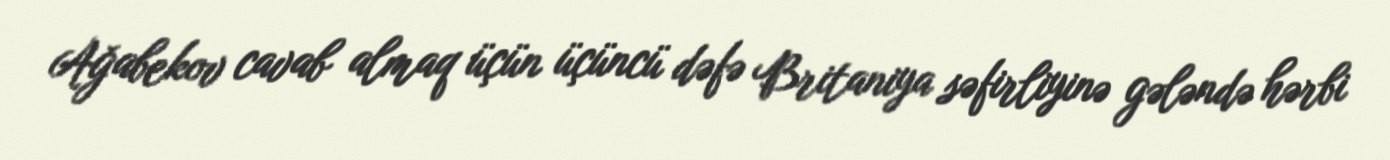
Ağabekov cavab almaq üçün üçüncü dəfə Britaniya səfirliyinə gələndə hərbi